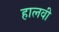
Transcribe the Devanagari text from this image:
हालवी